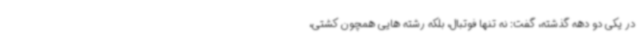
در یکی دو دهه گذشته، گفت: نه تنها فوتبال، بلکه رشته هایی همچون کشتی،